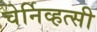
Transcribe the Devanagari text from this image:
चेर्निव्हत्सी